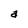
Character: a